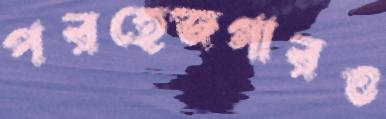
পরহেজগারও